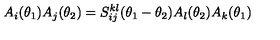
A _ { i } ( \theta _ { 1 } ) A _ { j } ( \theta _ { 2 } ) = S _ { i j } ^ { k l } ( \theta _ { 1 } - \theta _ { 2 } ) A _ { l } ( \theta _ { 2 } ) A _ { k } ( \theta _ { 1 } )